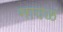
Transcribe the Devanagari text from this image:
मावळं